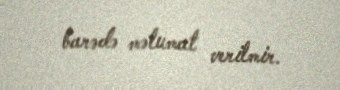
barədə məlumat verilmir.